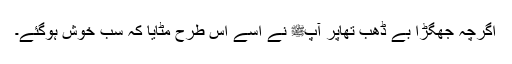
اگرچہ جھگڑا بے ڈھب تھاپر آپﷺ نے اسے اس طرح مٹایا کہ سب خوش ہوگئے۔